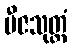
ဗီဇသုတ္တံ